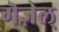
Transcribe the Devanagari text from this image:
गॆज़ेल्